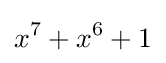
x^{7}+x^{6}+1